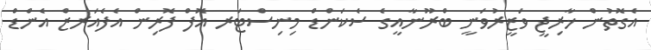
އެގޮތުން ޚާރިޖީ ވަޒީރުވަނީ ބްރޫނާއީގެ ސެކަންޑް މިނިސްޓަރ އޮފް ފޮރިން އެފެއަރޒް އެންޑް